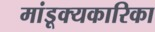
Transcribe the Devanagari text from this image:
मांडूक्यकारिका